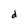
Character: d